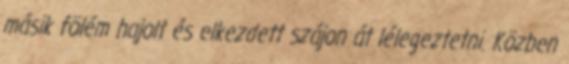
másik fölém hajolt és elkezdett szájon át lélegeztetni. Közben